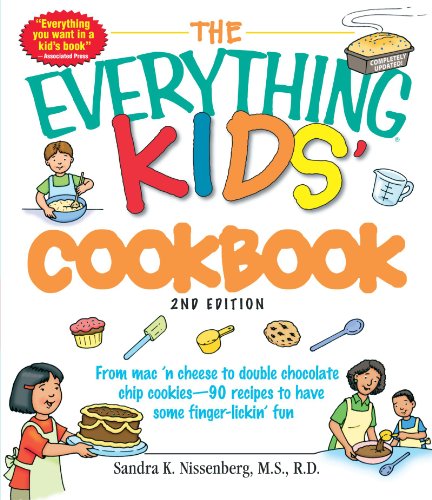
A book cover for The Everything Kids' Cookbook: From  mac 'n cheese to double chocolate chip cookies - 90 recipes to have some finger-lickin' fun; Sandra K Nissenberg; Children's Books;